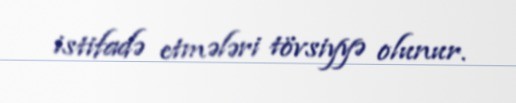
istifadə etmələri tövsiyyə olunur.